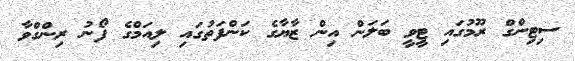
ސިޓިންގް ރޫމުގައި ޓީވީ ބަލަން އިން ޒާޔާގެ ކަންފަތުގައި ލިއަމްގެ ފޯނު ރިންގްވާ